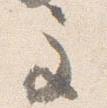
主